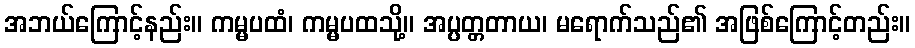
အဘယ်ကြောင့်နည်း။ ကမ္မပထံ၊ ကမ္မပထသို့။ အပ္ပတ္တတာယ၊ မရောက်သည်၏ အဖြစ်ကြောင့်တည်း။